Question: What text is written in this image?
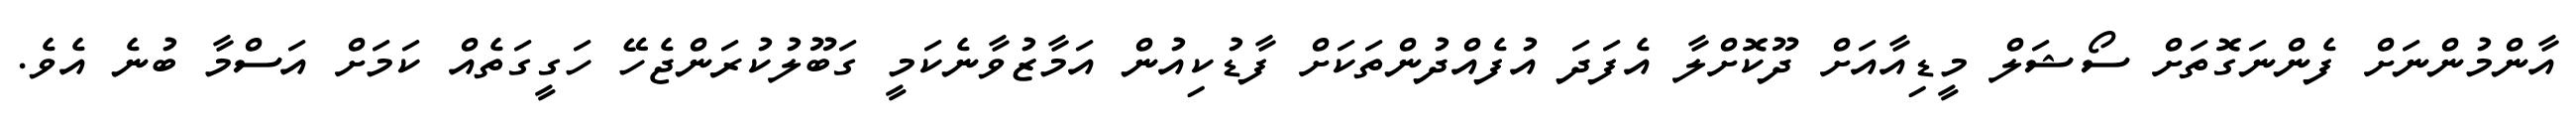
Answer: އާންމުންނަށް ފެންނަގޮތަށް ސޯޝަލް މީޑިއާއަށް ދޫކޮށްލާ އެފަދަ އުފެއްދުންތަކަށް ފާޑުކިއުން އަމާޒުވާނެކަމީ ގަބޫލުކުރަންޖެހޭ ހަގީގަތެއް ކަމަށް އަސްމާ ބުނެ އެވެ.